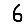
Digit: 6